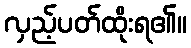
လှည့်ပတ်ထိုးရ၏။